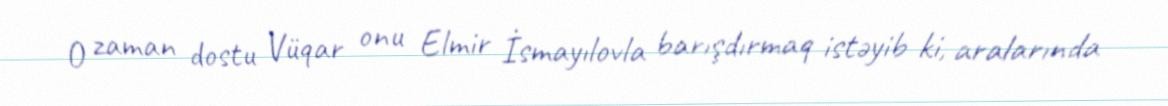
O zaman dostu Vüqar onu Elmir İsmayılovla barışdırmaq istəyib ki, aralarında